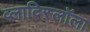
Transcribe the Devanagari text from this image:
व्लादिस्लॉला